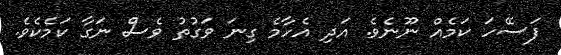
ފަސޭހަ ކަމެއް ނޫނެވެ. އަދި އެހާމެ ގިނަ ވަގުތު ވެސް ނަގާ ކަމެކެވެ.